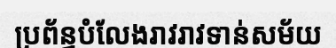
ប្រព័ន្ធបំលែងរាវរាវទាន់សម័យ